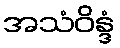
အသံဝိန္ဒံ